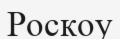
Роскоу